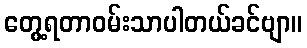
တွေ့ရတာဝမ်းသာပါတယ်ခင်ဗျာ။